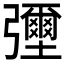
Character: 𢑃